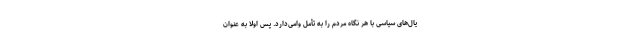
یال‌های سیاسی با هر نگاه مردم را به تأمل وامی‌دارد. پس اولا به عنوان